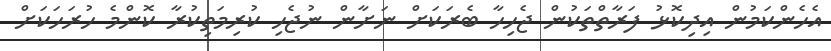
އެހެންކަމުން އިދިކޮޅު ފަރާތްތަކުން ޖެހިހާ ބެރަކަށް ނަށާން ނުޖެހި ކުރިމަތިކުރާ ކޮންމެ ހުރަހަކަށް